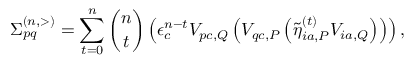
\Sigma _ { p q } ^ { ( n , > ) } = \sum _ { t = 0 } ^ { n } \binom { n } { t } \left( \epsilon _ { c } ^ { n - t } V _ { p c , Q } \left( V _ { q c , P } \left( { \tilde { \eta } } _ { i a , P } ^ { ( t ) } V _ { i a , Q } \right) \right) \right) ,